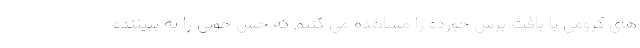
های کرومی با بافت برس خورده را مشاهده می کنیم که حس خوبی را به ببیننده